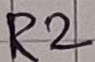
Text: R2